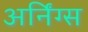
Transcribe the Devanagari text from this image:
अर्निंग्स